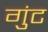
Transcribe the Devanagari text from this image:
गुंट